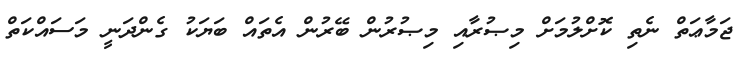
ޖަމާޢަތް ނެތި ކޮށްލުމަށް މިޞުރާއި މިޞުރުން ބޭރުން އެތައް ބަޔަކު ގެންދަނީ މަސައްކަތް